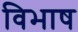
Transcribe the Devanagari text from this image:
विभाष